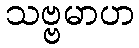
သဗ္ဗမာဟ